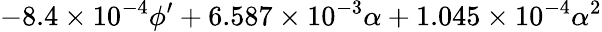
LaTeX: -8.4\times 10^{-4}\phi^{\prime}+6.587\times 10^{-3}\alpha+1.045\times 10^{-4}\alpha^{2}